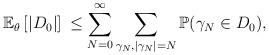
LaTeX: \begin{align*} \mathbb{E}_\theta \left[ \left| D_0 |] \right. \right. \leq \sum_{N = 0}^{\infty} \sum_{\gamma_N, | \gamma_N | = N} \mathbb{P}(\gamma_N \in D_0),\end{align*}